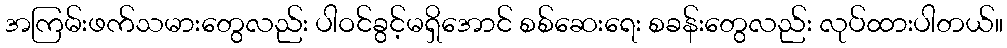
အကြမ်းဖက်သမားတွေလည်း ပါဝင်ခွင့်မရှိအောင် စစ်ဆေးရေး စခန်းတွေလည်း လုပ်ထားပါတယ်။